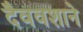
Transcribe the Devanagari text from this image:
दैववशाने